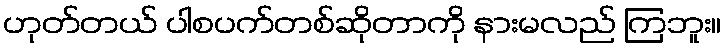
ဟုတ်တယ် ပါစပက်တစ်ဆိုတာကို နားမလည် ကြဘူး။